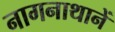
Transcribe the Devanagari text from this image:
नागनाथानें